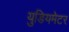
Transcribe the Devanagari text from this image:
युडियमेटर